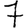
Digit: 7